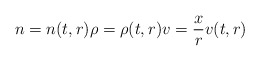
\begin{align*}n=n(t,r)\rho=\rho(t,r)v=\frac{x}{r}v(t,r)\end{align*}